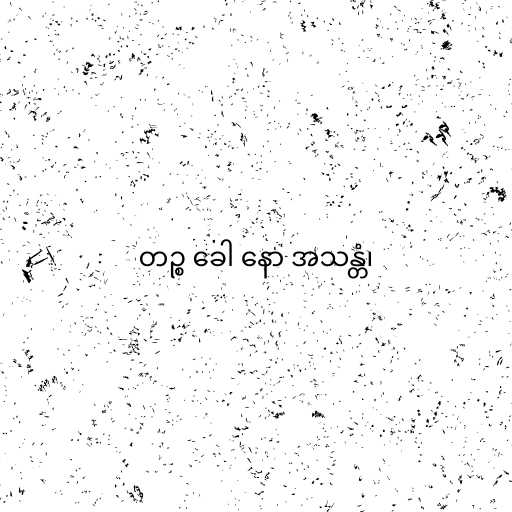
တဉ္စ ခေါ နော အသန္တံ၊